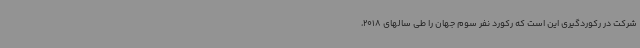
شرکت در رکوردگیری این است که رکورد نفر سوم جهان را طی سالهای 2018،